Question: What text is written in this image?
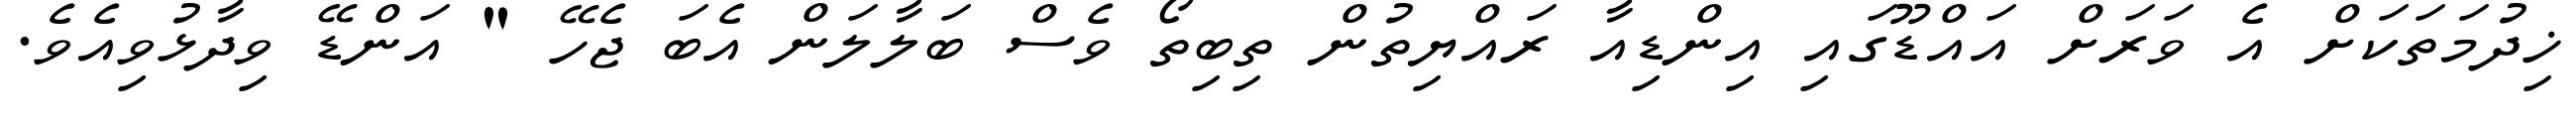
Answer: ޚިދުމަތަކަށް އެ ވަރަށް އައްޑޫގައި އިންޑިއާ ރައްޔިތުން ތިބިތޯ ވެސް ބަލާލަން އެބަ ޖެހޭ " އަންޑޭ ވިދާޅުވިއެވެ.